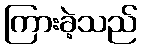
ကြားခဲ့သည်